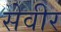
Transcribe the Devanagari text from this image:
सेवीर